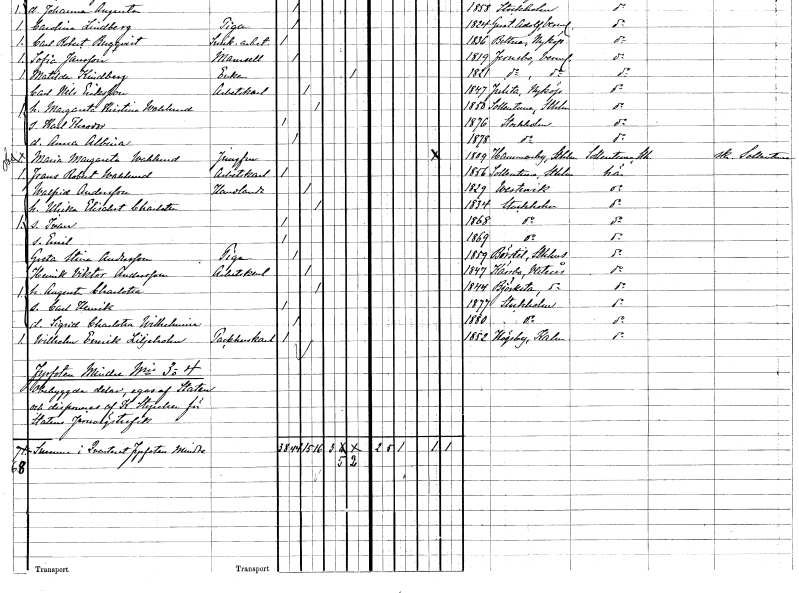
gt_parse: households: individuals: FN: Walfrid
EN: Andersson
YRKE: Handlande
KON: M
CIV: G
FODAR: 1829
FODFORS: Västervik Kalmar län
FN: Ulrika Elisabet Charlotta
KON: K
CIV: G
FODAR: 1834
FODFORS: Stockholm
FN: Ivan
KON: M
CIV: O
FODAR: 1868
FODFORS: Stockholm
FN: Emil
KON: M
CIV: O
FODAR: 1869
FODFORS: Stockholm
FN: Greta Stina
EN: Andersson
YRKE: Piga
KON: K
CIV: O
FODAR: 1859
FODFORS: Börstil Uppsala län
FN: Henrik Viktor
EN: Andersson
YRKE: Arbetskarl
KON: M
CIV: G
FODAR: 1847
FODFORS: Kärrbo Västmanlands län
FN: Augusta Charlotta
KON: K
CIV: G
FODAR: 1844
FODFORS: Björksta Västmanlands län
FN: Carl Henrik
KON: M
CIV: O
FODAR: 1877
FODFORS: Stockholm
FN: Sigrid Charlotta Wilhelmina
KON: K
CIV: O
FODAR: 1880
FODFORS: Stockholm
FN: Wilhelm Emrik
EN: Liljeholm
YRKE: Packhuskarl
KON: M
CIV: O
FODAR: 1852
FODFORS: Högsby Kalmar län